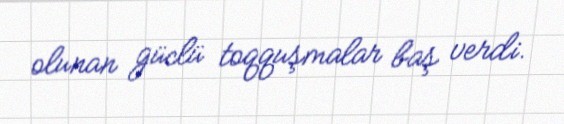
olunan güclü toqquşmalar baş verdi.